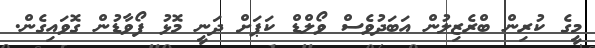
މީގެ ކުރިން ބްރެޒިލުން އަބަދުވެސް ވޯލްޑް ކަޕަށް ދަނީ މޮޅު ފޯވާޑުން ގޮވައިގެން.